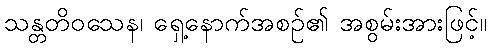
သန္တတိဝသေန၊ ရှေ့နောက်အစဉ်၏ အစွမ်းအားဖြင့်။